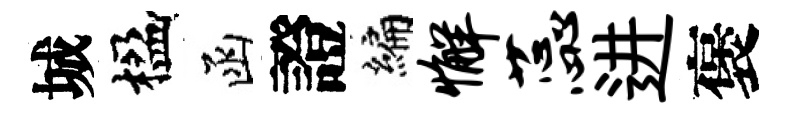
城楹函證编懈蕊进褒